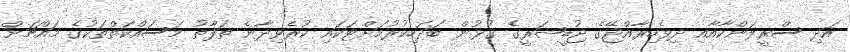
އަދި ސްރީލަންކާއާއި ދިވެހިރާއްޖޭގެ ޖުޑީޝަރީގެ ގުޅުން ބަދަހިކުރުމަށްޓަކައި ކުރެވިދާނެ ތަފާތު މަސައްކަތްތަކުގެ މައްޗަށް